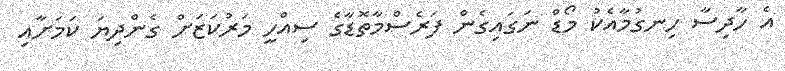
އެ ހާދިސާ ހިނގުމާއެކު މޯޑް ނަގައިގެން ފަރެސްމާތޮޑާގެ ސިއްހީ މަރުކަޒަށް ގެންދިޔަ ކަމަށާއި